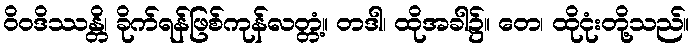
ဝိဝဒိဿန္တိ၊ ခိုက်ရန်ဖြစ်ကုန်လတ္တံ့။ တဒါ၊ ထိုအခါ၌။ တေ၊ ထိုငုံးတို့သည်။